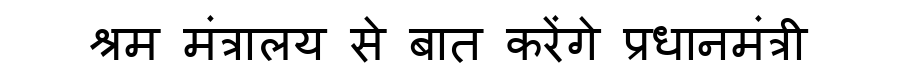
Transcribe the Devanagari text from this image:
श्रम मंत्रालय से बात करेंगे प्रधानमंत्री